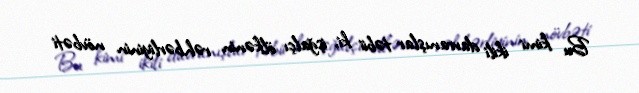
Bu kimi ikili davranışlar təbii ki, işğalçı ölkənin rəhbərliyinin növbəti